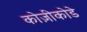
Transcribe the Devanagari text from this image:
कोज़ीकोडे